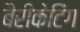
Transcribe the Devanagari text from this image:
बैरीकेटिंग